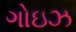
ગોઇઝ